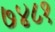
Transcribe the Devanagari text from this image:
७४८१